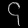
Digit: ၄